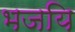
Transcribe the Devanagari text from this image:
भजयि